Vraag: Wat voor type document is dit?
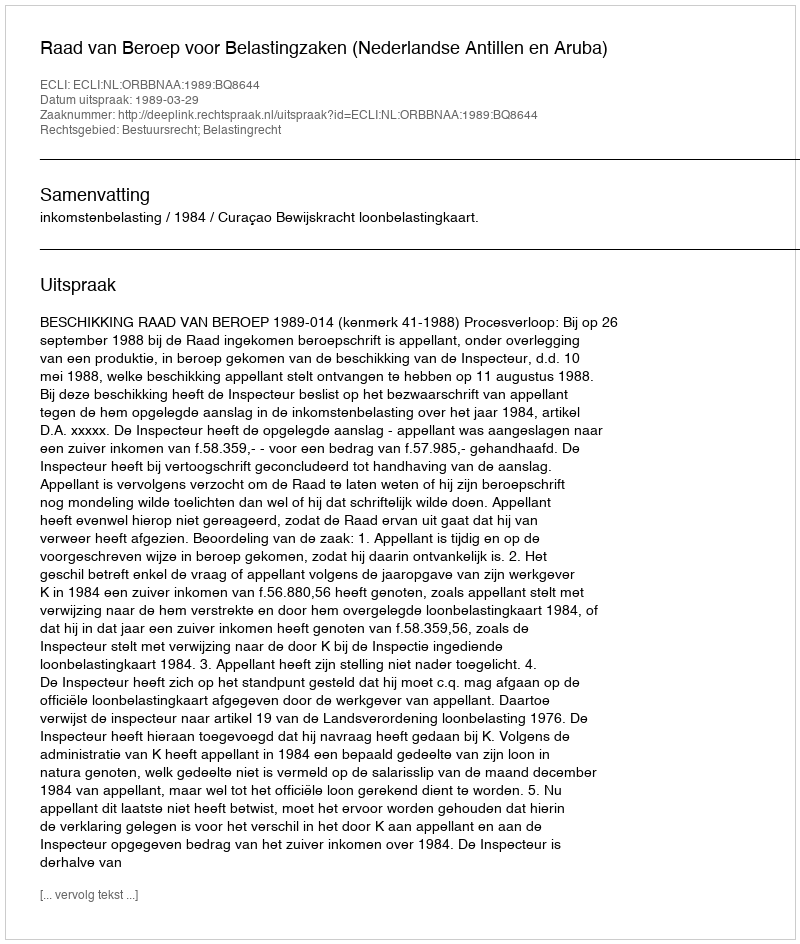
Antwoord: Uitspraak